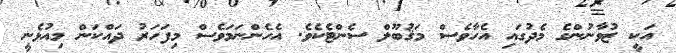
އަކީ ޒުވާނުންގެ މެދުގައި އެހާވެސް މަޤުބޫލް ސެންޓެކެވެ. އެހެންނަމަވެސް މިފަހަރު ދައްކަން މިއުޅެނީ